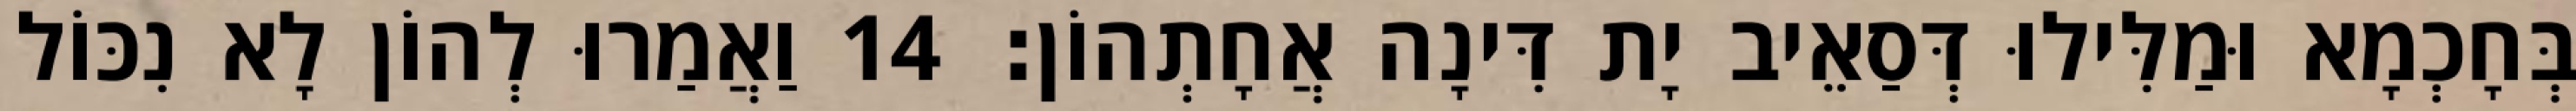
בְּחָכְמָא וּמַלִּילוּ דְּסַאֵיב יָת דִּינָה אֲחָתְהוֹן׃ 14 וַאֲמַרוּ לְהוֹן לָא נִכּוֹל